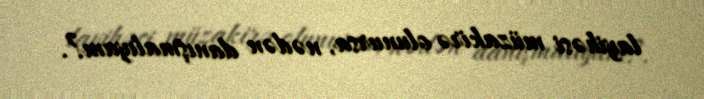
layihəsi müzakirə olunursa, nədən danışmalıyam?.